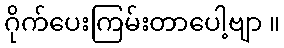
ဂိုက်ပေးကြမ်းတာပေါ့ဗျာ ။